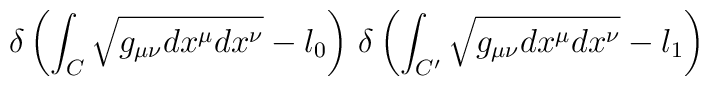
\delta\left(\int_C\sqrt{g_{\mu\nu}dx^\mu   dx^\nu}-l_0\right)\,   \delta\left(\int_{C'}\sqrt{g_{\mu\nu}dx^\mu dx^\nu}-l_1\right)